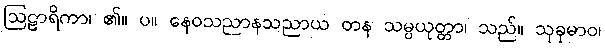
ဩဠာရိကာ၊ ၏။ ပ။ နေဝသညာနသညာယ တန သမ္ပယုတ္တာ၊ သည်။ သုခုမာဝ၊